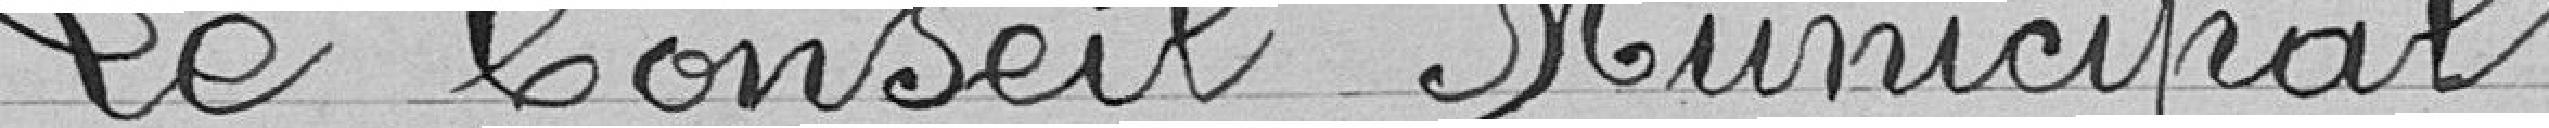
Le Conseil Municipal